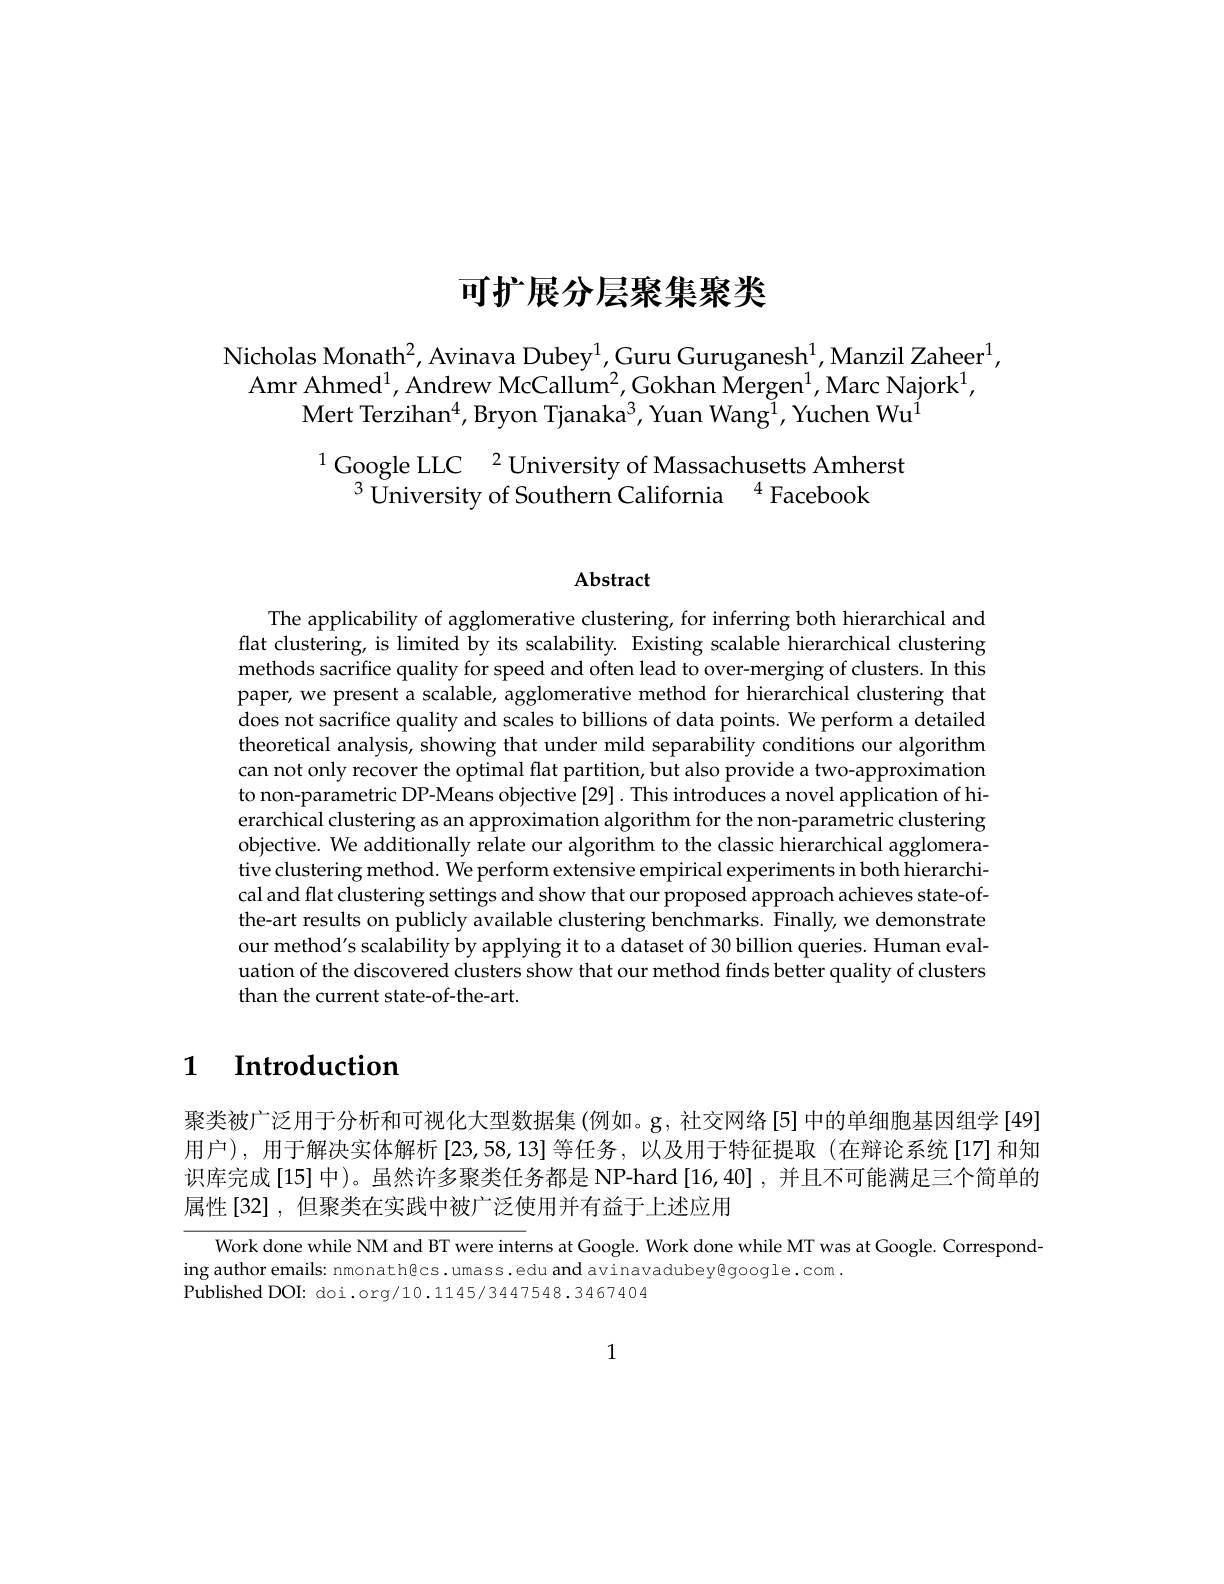
# 可扩展分层聚集聚类

Nicholas Monath$^2$,Avinava Dubey$^1$,Guru Guruganesh$^1$,Manzil Zaheer$^1$,
Amr Ahmed$^1$,Andrew McCallum$^2$,Gokhan Mergen$^1$,Marc Najork$^1$,
Mert Terziha$n^{4}$, Bryon Tjanak$a^{3}$, Yuan Wan$g^{1}$, Yuchen W$u^{1}$

$^{1}\underset{3}{\operatorname*{Google~LLC}}^{2}$University of Massachusetts Amherst$^{3}$University of Southern California $^{4}$Facebook

Abstract

The applicability of agglomerative clustering, for inferring both hierarchical and flat clustering, is limited by its scalability. Existing scalable hierarchical clustering methods sacrifice quality for speed and often lead to over-merging of clusters. In this paper, we present a scalable, agglomerative method for hierarchical clustering that does not sacrifice quality and scales to billions of data points. We perform a detailed theoretical analysis, showing that under mild separability conditions our algorithm can not only recover the optimal flat partition, but also provide a two-approximation to non-parametric DP-Means objective[29]. This introduces a novel application of hierarchical clustering as an approximation algorithm for the non-parametric clustering objective. We additionally relate our algorithm to the classic hierarchical agglomerative clustering method. We perform extensive empirical experiments in both hierarchical and flat clustering settings and show that our proposed approach achieves state-ofthe-art results on publicly available clustering benchmarks. Finally, we demonstrate our method's scalability by applying it to a dataset of 30 billion queries. Human evaluation of the discovered clusters show that our method finds better quality of clusters than the current state-of-the-art.

# 1 $\textbf{Introduction}$

聚类被广泛用于分析和可视化大型数据集 (例如。g, 社交网络[5] 中的单细胞基因组学 [49] 用户),用于解决实体解析[23,58,13]等任务，以及用于特征提取(在辩论系统[17]和知识库完成[15]中)。虽然许多聚类任务都是 NP-hard [16,40] , 并且不可能满足三个简单的属性[32],但聚类在实践中被广泛使用并有益于上述应用

Work done while NM and BT were interns at Google. Work done while MT was at Google. Correspond-
ing author emails: nmonath@cs. umass. edu and avinavadubey@google. com .
Published DOI: doi.org/10.1145/3447548.3467404

1